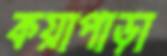
কয়াপাড়া